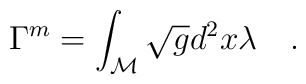
\Gamma^{\tiny{m}}=\int_{\cal M} \sqrt{g} d^2x\lambda~~~.